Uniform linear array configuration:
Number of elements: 8
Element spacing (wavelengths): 0.5
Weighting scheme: hamming
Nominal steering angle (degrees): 30
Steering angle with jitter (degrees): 29.633
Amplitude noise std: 0.05
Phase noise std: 0.05

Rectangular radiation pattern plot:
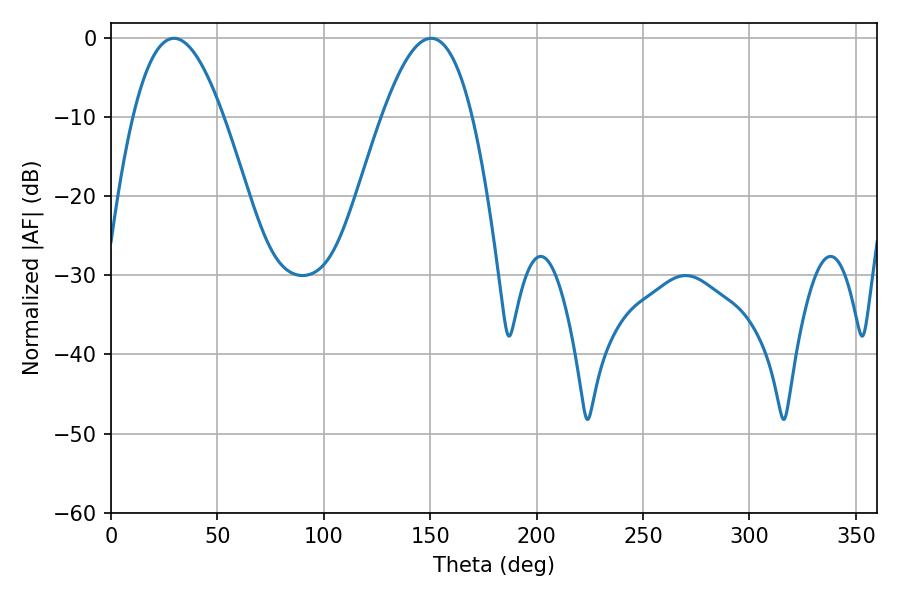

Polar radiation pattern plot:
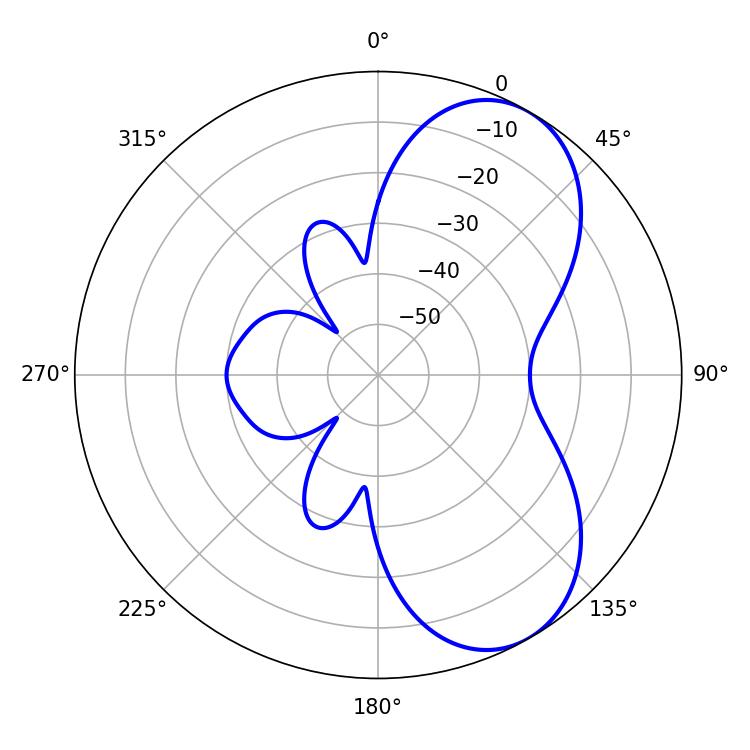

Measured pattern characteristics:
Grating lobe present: FALSE
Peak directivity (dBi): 6.559
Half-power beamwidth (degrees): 23.22
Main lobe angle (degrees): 29.52